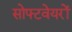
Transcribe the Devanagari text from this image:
सोफ्टवेयरों